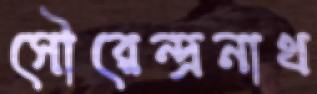
সৌরেন্দ্রনাথ